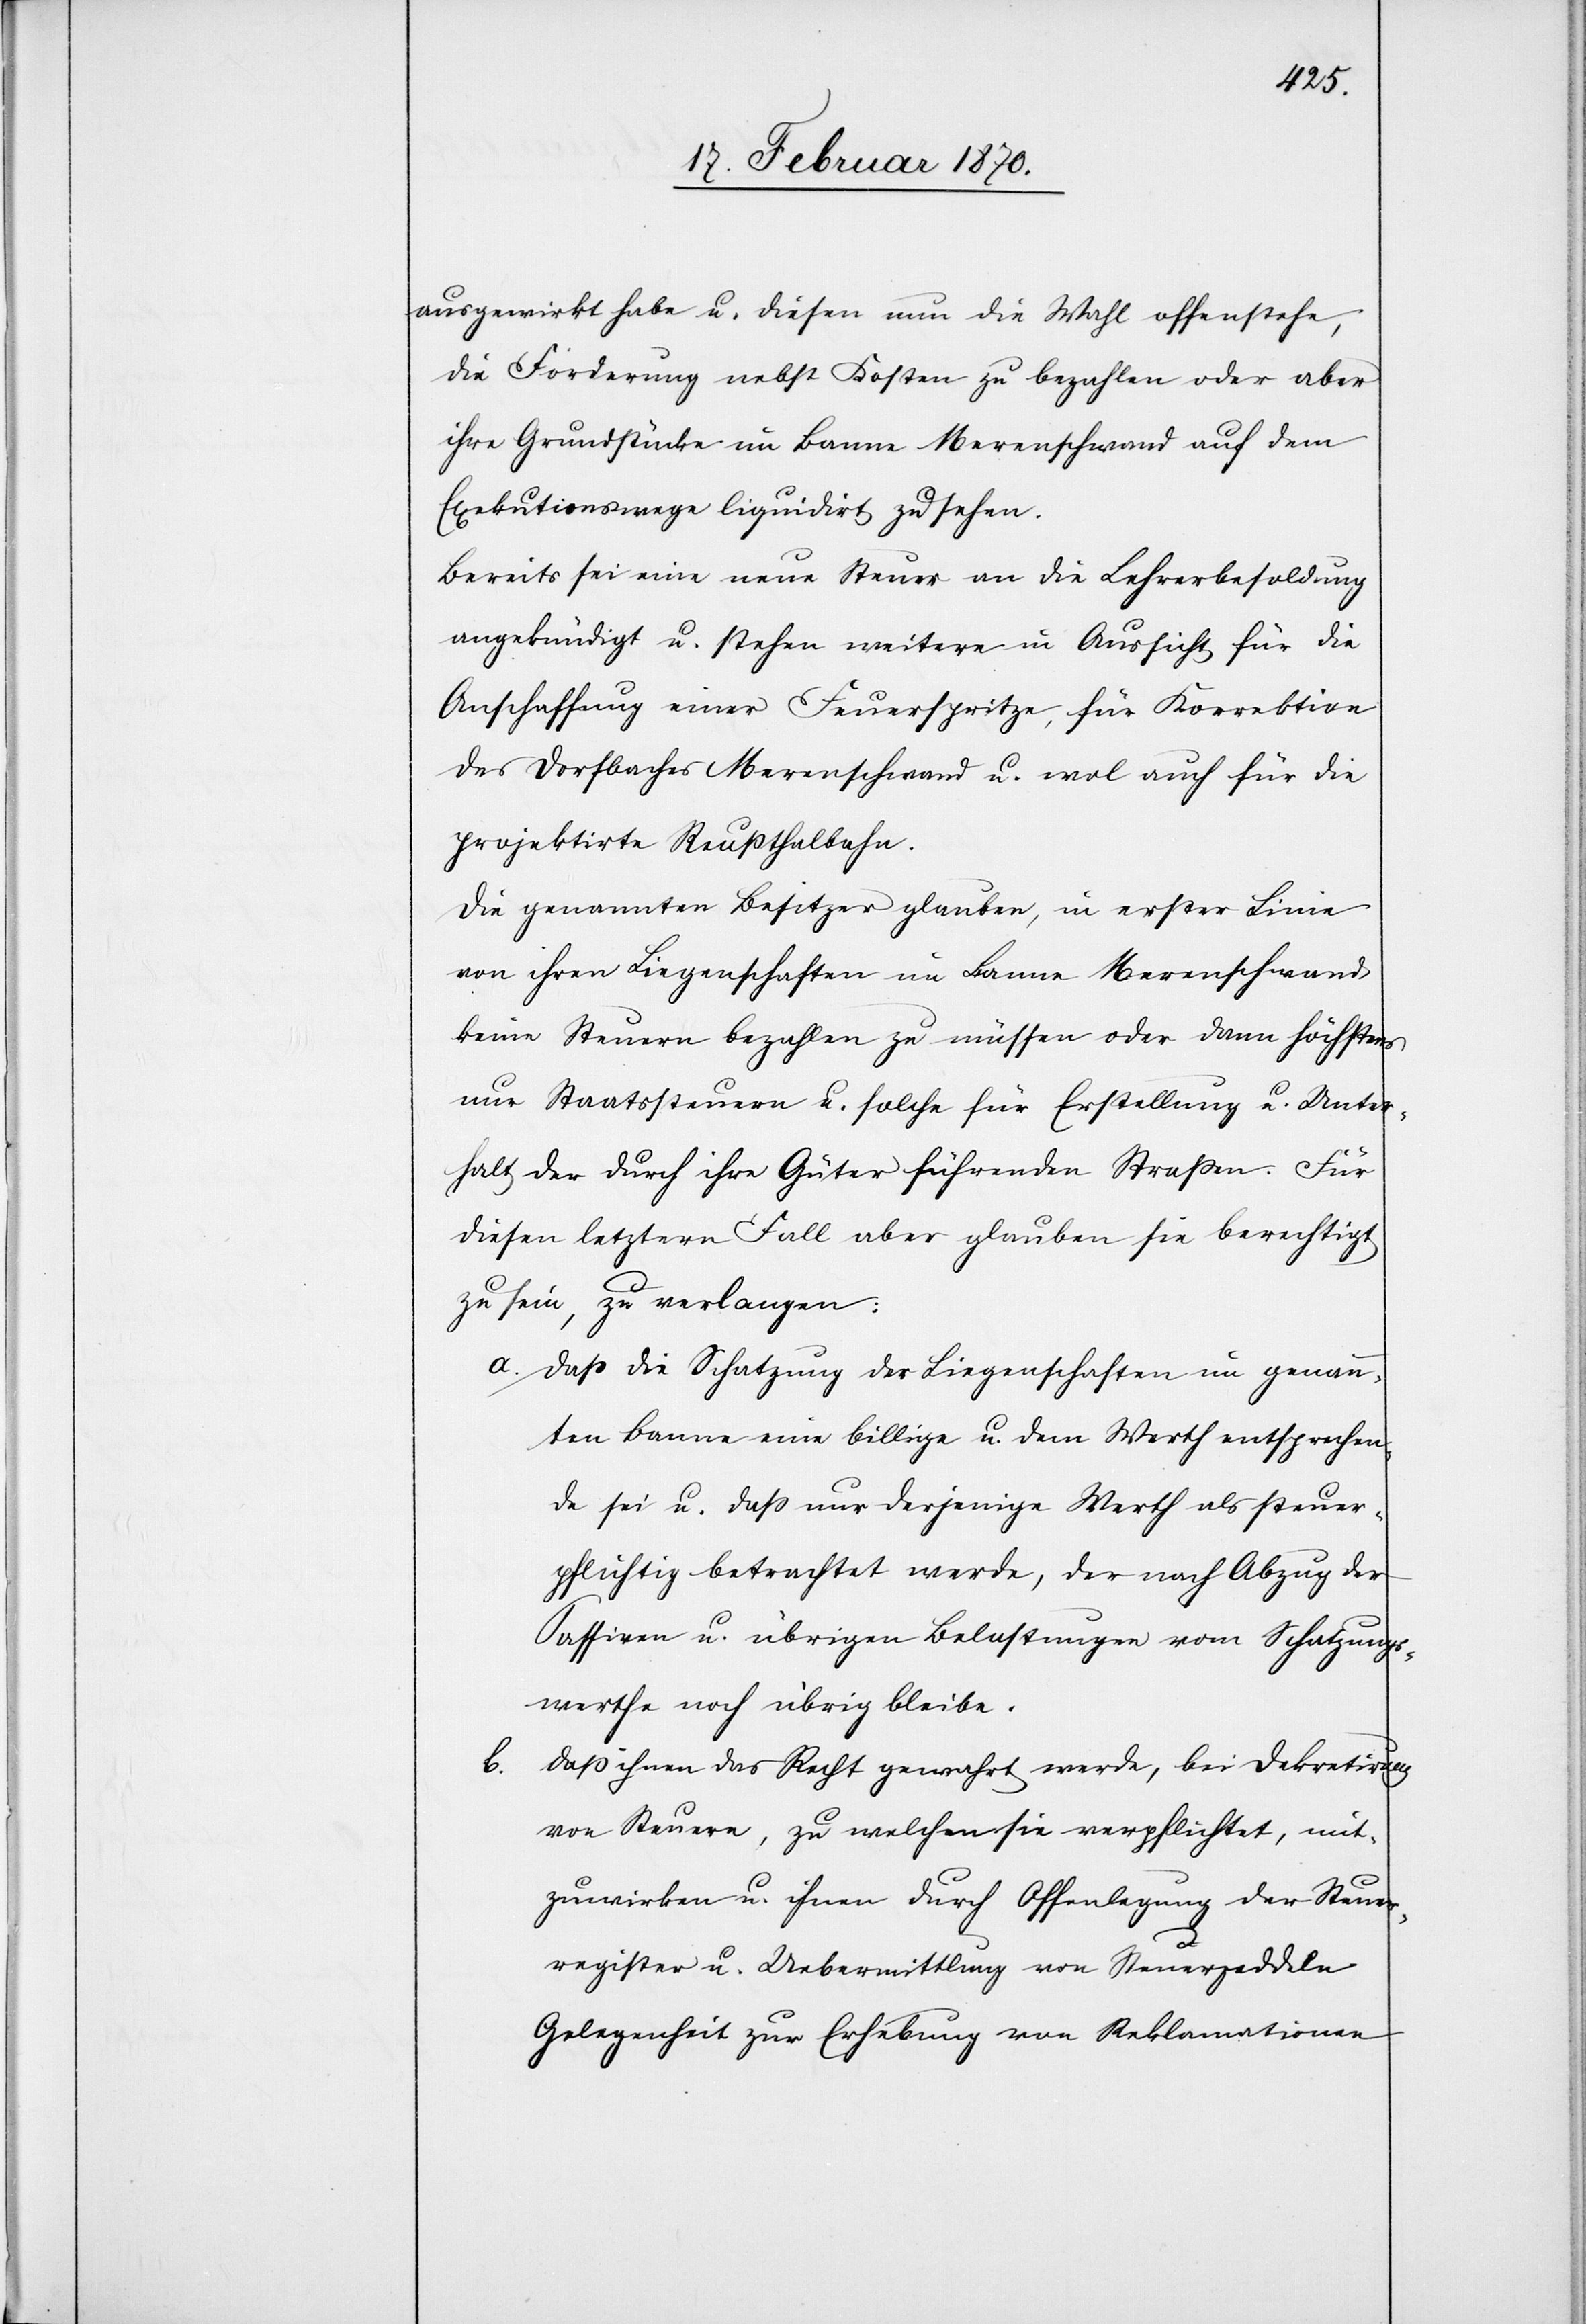
ausgewirkt habe u. diesen nun die Wahl offenstehe,
die Forderung nebst Kosten zu bezahlen oder aber
ihre Grundstücke im Banne Merenschwand auf dem
Exekutionswege liquidirt zu sehen.
Bereits sei eine neue Steuer an die Lehrerbesoldung
angekündigt u. stehen weitere in Aussicht für die
Anschaffung einer Feuerspritze, für Korrektion
des Dorfbaches Merenschwand u. wol auch für die
projektirte Reussthalbahn.
Die genannten Besitzer glauben, in erster Linie
von ihren Liegenschaften im Banne Merenschwand
keine Steuern bezahlen zu müssen oder dann höchstens
nur Staatssteuern u. solche für Erstellung u. Unter¬
halt der durch ihre Güter führenden Strassen. Für
diesen letztern Fall aber glauben sie berechtigt
zu sein, zu verlangen:
a. Dass die Schatzung der Liegenschaften im genann¬
ten Banne eine billige u. dem Werth entsprechen¬
de sei u. dass nur derjenige Werth als steuer¬
pflichtig betrachtet werde, der nach Abzug der
Passiven u. übrigen Belastungen vom Schatzungs¬
werthe noch übrig bleibe.
b.
Dass ihnen das Recht gewahrt werde, bei Dekretirung
von Steuern, zu welchen sie verpflichtet, mit¬
zuwirken u. ihnen durch Offenlegung der Steuer¬
register u. Uebermittlung von Steuerzeddeln
Gelegenheit zur Erhebung von Reklamationen